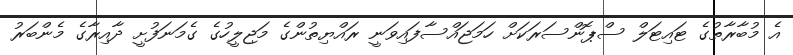
އެ މުބާރާތުގެ ޓައިޓަލް ސްޕޮންސަރަކަށް ހަމަޖައްސާފައިވަނީ ރައްޔިތުންގެ މަޖިލީހުގެ ގެމަނަފުށީ ދާއިރާގެ މެންބަރު